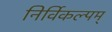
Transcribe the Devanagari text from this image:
निर्विकल्पम्